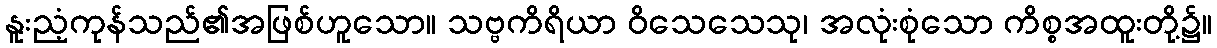
နူးညံ့ကုန်သည်၏အဖြစ်ဟူသော။ သဗ္ဗကိရိယာ ဝိသေသေသု၊ အလုံးစုံသော ကိစ္စအထူးတို့၌။